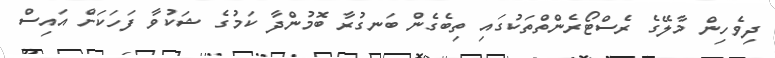
ދިވެހިން މާލޭގެ ރެސްޓޯރެންތްތަކުގައި ތިބެގެން ބަނގުރާ ބޮމުންދާ ކަމުގެ ޝަކުވާ ފަހަކަށް އައިސް